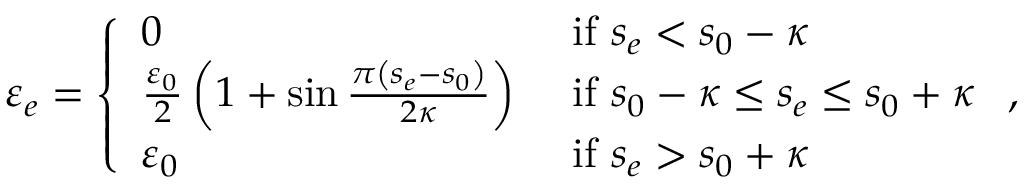
\varepsilon _ { e } = \left\{ \begin{array} { l l } { 0 } & { \mathrm { ~ i f ~ } s _ { e } < s _ { 0 } - \kappa } \\ { \frac { \varepsilon _ { 0 } } { 2 } \left( 1 + \sin \frac { \pi \left( s _ { e } - s _ { 0 } \right) } { 2 \kappa } \right) } & { \mathrm { ~ i f ~ } s _ { 0 } - \kappa \leq s _ { e } \leq s _ { 0 } + \kappa } \\ { \varepsilon _ { 0 } } & { \mathrm { ~ i f ~ } s _ { e } > s _ { 0 } + \kappa } \end{array} \right. ,